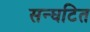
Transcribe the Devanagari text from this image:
सन्घटित